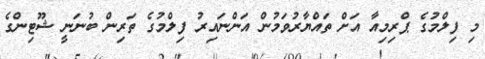
މި ފިލްމުގެ ޕްރިމިއާ އަށް ތައްޔާރުވަމުން އަންނައިރު ފިލްމުގެ ތަރިން ބުނަނީ ޝޫޓިންގެ